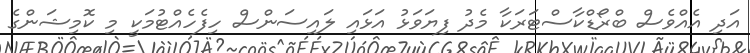
އަދި އެއްވެސް ބްރޯޑްކާސްޓަރަކާ މެދު ފިޔަވަޅު އަޅައި ލައިސަންސް ހިފެހެއްޓުމަކީ މި ކޮމިޝަންގެ